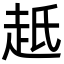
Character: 赿